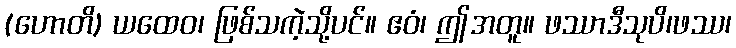
(ဟောတိ) ယထေဝ၊ ဖြစ်သကဲ့သို့ပင်။ ဧဝံ၊ ဤအတူ။ ဖဿာဒီသုပိ၊ဖဿ၊